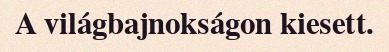
A világbajnokságon kiesett.